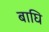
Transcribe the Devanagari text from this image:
बाघि